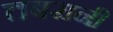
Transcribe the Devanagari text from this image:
तबरानी